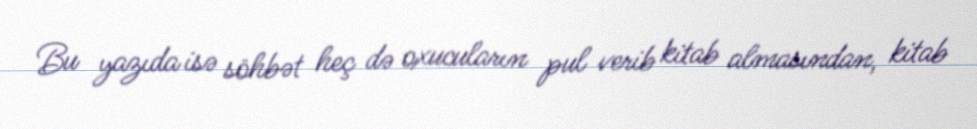
Bu yazıda isə söhbət heç də oxucuların pul verib kitab almasından, kitab